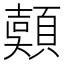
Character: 𩔄